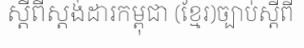
ស្តីពីស្តង់ដារកម្ពុជា (ខ្មែរ)ច្បាប់ស្តីពី